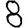
Digit: 8